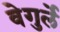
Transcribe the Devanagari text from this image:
वेगुर्ले